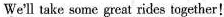
helmet. We'll take some great rides together!